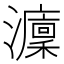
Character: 𤃢